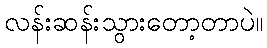
လန်းဆန်းသွားတော့တာပဲ။